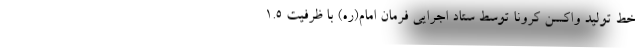
خط تولید واکسن کرونا توسط ستاد اجرایی فرمان امام(ره) با ظرفیت ۱.۵